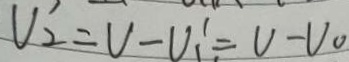
V ^ { \prime } _ { 2 } = V - V _ { 1 } ^ { \prime } = V - V _ { 0 }